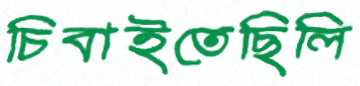
চিবাইতেছিলি